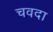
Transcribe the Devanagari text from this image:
चवदा